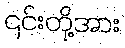
၎င်းတို့အား